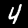
Label: 4